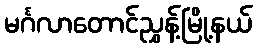
မင်္ဂလာတောင်ညွှန့်မြို့နယ်